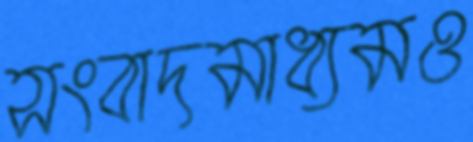
সংবাদমাধ্যমও